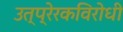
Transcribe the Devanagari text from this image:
उत्प्रेरकविरोधी